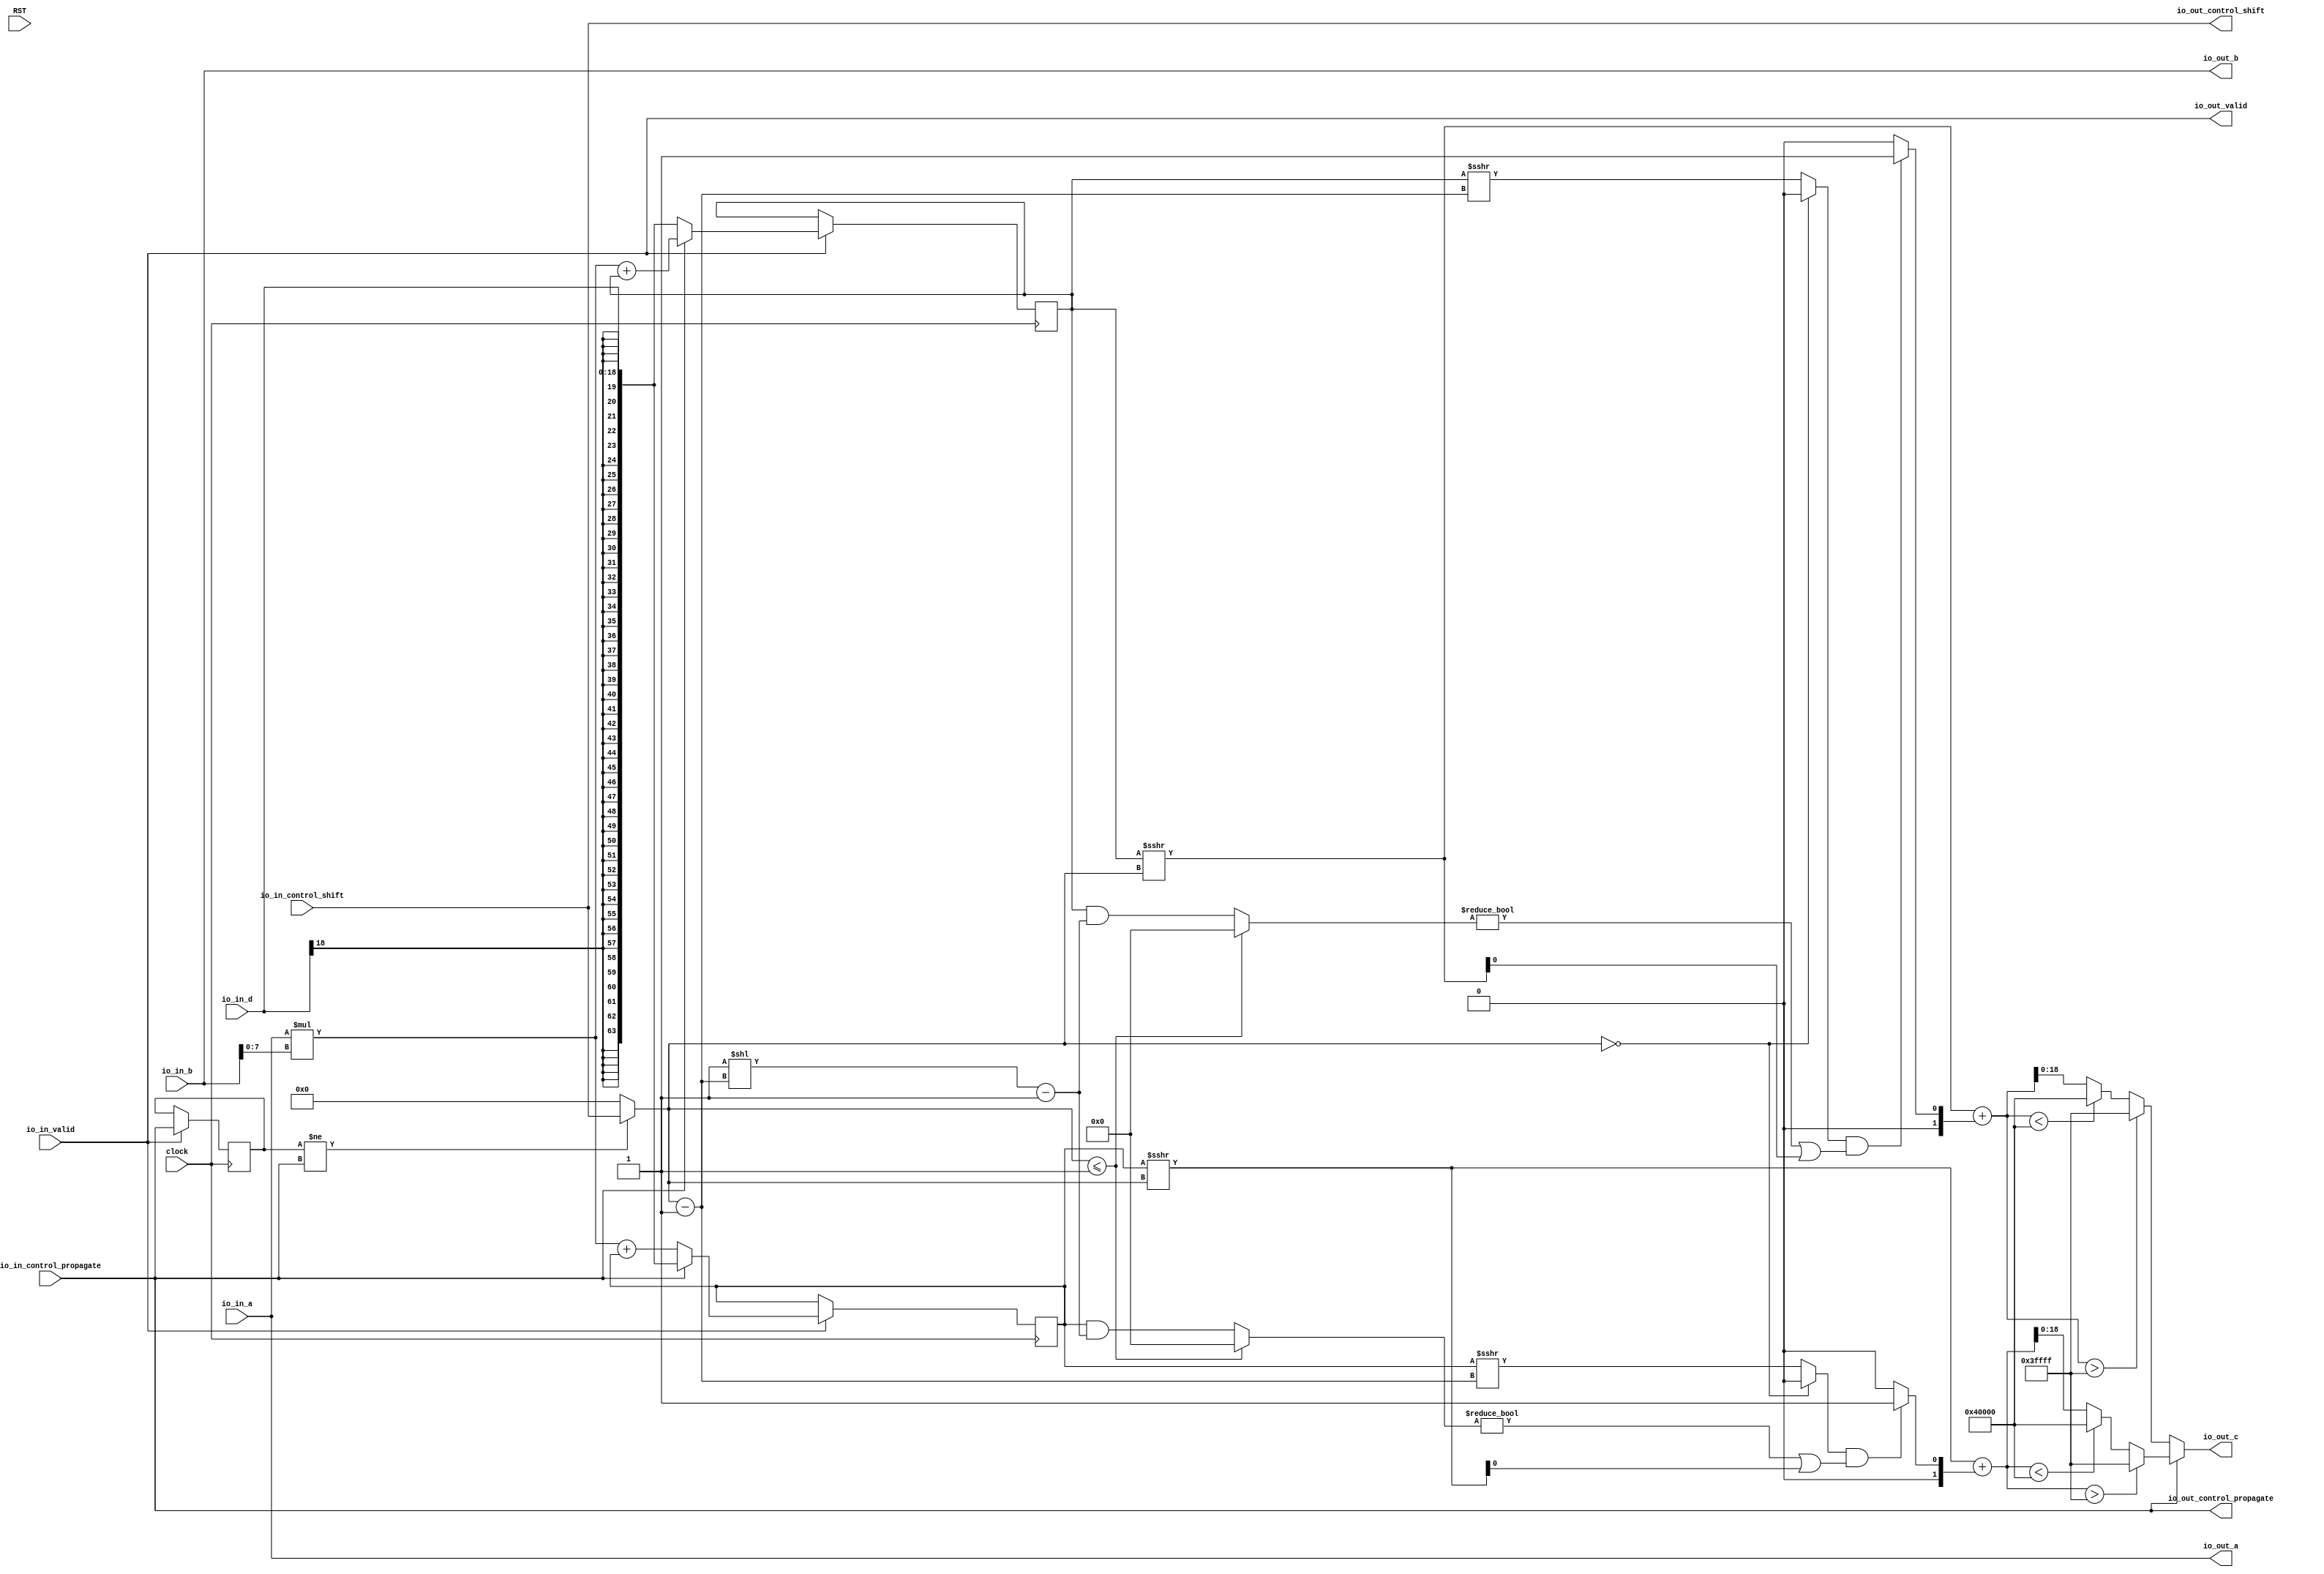
module PE_64( // @[:example.TestHarness.GemminiSocTest1RocketConfig864.fir@166234.2]
  input         clock, // @[:example.TestHarness.GemminiSocTest1RocketConfig864.fir@166235.4]
  input 		RST,
  input  [7:0]  io_in_a, // @[:example.TestHarness.GemminiSocTest1RocketConfig864.fir@166237.4]
  input  [18:0] io_in_b, // @[:example.TestHarness.GemminiSocTest1RocketConfig864.fir@166237.4]
  input  [18:0] io_in_d, // @[:example.TestHarness.GemminiSocTest1RocketConfig864.fir@166237.4]
  output [7:0]  io_out_a, // @[:example.TestHarness.GemminiSocTest1RocketConfig864.fir@166237.4]
  output [18:0] io_out_b, // @[:example.TestHarness.GemminiSocTest1RocketConfig864.fir@166237.4]
  output [18:0] io_out_c, // @[:example.TestHarness.GemminiSocTest1RocketConfig864.fir@166237.4]
  input         io_in_control_propagate, // @[:example.TestHarness.GemminiSocTest1RocketConfig864.fir@166237.4]
  input  [5:0]  io_in_control_shift, // @[:example.TestHarness.GemminiSocTest1RocketConfig864.fir@166237.4]
  output        io_out_control_propagate, // @[:example.TestHarness.GemminiSocTest1RocketConfig864.fir@166237.4]
  output [5:0]  io_out_control_shift, // @[:example.TestHarness.GemminiSocTest1RocketConfig864.fir@166237.4]
  input         io_in_valid, // @[:example.TestHarness.GemminiSocTest1RocketConfig864.fir@166237.4]
  output        io_out_valid // @[:example.TestHarness.GemminiSocTest1RocketConfig864.fir@166237.4]
);
  reg [63:0] c1; // @[PE.scala 44:15:example.TestHarness.GemminiSocTest1RocketConfig864.fir@166239.4]
  reg [63:0] _RAND_0;
  reg [63:0] c2; // @[PE.scala 45:15:example.TestHarness.GemminiSocTest1RocketConfig864.fir@166240.4]
  reg [63:0] _RAND_1;
  reg  last_s; // @[Reg.scala 15:16:example.TestHarness.GemminiSocTest1RocketConfig864.fir@166246.4]
  reg [31:0] _RAND_2;
  wire  flip; // @[PE.scala 58:21:example.TestHarness.GemminiSocTest1RocketConfig864.fir@166250.4]
  wire [5:0] shift_offset; // @[PE.scala 59:25:example.TestHarness.GemminiSocTest1RocketConfig864.fir@166251.4]
  wire  _T_4; // @[Arithmetic.scala 72:32:example.TestHarness.GemminiSocTest1RocketConfig864.fir@166258.8]
  wire [5:0] _T_6; // @[Arithmetic.scala 72:53:example.TestHarness.GemminiSocTest1RocketConfig864.fir@166260.8]
  wire [63:0] _T_7; // @[Arithmetic.scala 72:50:example.TestHarness.GemminiSocTest1RocketConfig864.fir@166261.8]
  wire  _T_8; // @[Arithmetic.scala 72:50:example.TestHarness.GemminiSocTest1RocketConfig864.fir@166262.8]
  wire  _T_9; // @[Arithmetic.scala 72:29:example.TestHarness.GemminiSocTest1RocketConfig864.fir@166263.8]
  wire  _T_10; // @[Arithmetic.scala 73:27:example.TestHarness.GemminiSocTest1RocketConfig864.fir@166264.8]
  wire [63:0] _T_11; // @[Arithmetic.scala 73:51:example.TestHarness.GemminiSocTest1RocketConfig864.fir@166265.8]
  wire [63:0] _T_14; // @[Arithmetic.scala 73:62:example.TestHarness.GemminiSocTest1RocketConfig864.fir@166268.8]
  wire [63:0] _T_16; // @[Arithmetic.scala 73:85:example.TestHarness.GemminiSocTest1RocketConfig864.fir@166270.8]
  wire [63:0] _T_17; // @[Arithmetic.scala 73:54:example.TestHarness.GemminiSocTest1RocketConfig864.fir@166271.8]
  wire [63:0] _T_18; // @[Arithmetic.scala 73:24:example.TestHarness.GemminiSocTest1RocketConfig864.fir@166272.8]
  wire  _T_19; // @[Arithmetic.scala 73:93:example.TestHarness.GemminiSocTest1RocketConfig864.fir@166273.8]
  wire [63:0] _T_20; // @[Arithmetic.scala 74:30:example.TestHarness.GemminiSocTest1RocketConfig864.fir@166274.8]
  wire  _T_21; // @[Arithmetic.scala 74:30:example.TestHarness.GemminiSocTest1RocketConfig864.fir@166275.8]
  wire  _T_22; // @[Arithmetic.scala 76:38:example.TestHarness.GemminiSocTest1RocketConfig864.fir@166276.8]
  wire  _T_23; // @[Arithmetic.scala 76:29:example.TestHarness.GemminiSocTest1RocketConfig864.fir@166277.8]
  wire [1:0] _T_26; // @[Arithmetic.scala 78:35:example.TestHarness.GemminiSocTest1RocketConfig864.fir@166280.8]
  wire [63:0] _GEN_19; // @[Arithmetic.scala 78:30:example.TestHarness.GemminiSocTest1RocketConfig864.fir@166281.8]
  wire [63:0] _T_28; // @[Arithmetic.scala 78:30:example.TestHarness.GemminiSocTest1RocketConfig864.fir@166282.8]
  wire [63:0] _T_29; // @[Arithmetic.scala 78:30:example.TestHarness.GemminiSocTest1RocketConfig864.fir@166283.8]
  wire  _T_30; // @[Arithmetic.scala 86:33:example.TestHarness.GemminiSocTest1RocketConfig864.fir@166284.8]
  wire  _T_31; // @[Arithmetic.scala 86:60:example.TestHarness.GemminiSocTest1RocketConfig864.fir@166285.8]
  wire [63:0] _T_32; // @[Mux.scala 87:16:example.TestHarness.GemminiSocTest1RocketConfig864.fir@166286.8]
  wire [63:0] _T_33; // @[Mux.scala 87:16:example.TestHarness.GemminiSocTest1RocketConfig864.fir@166287.8]
  wire [18:0] _T_34; // @[Arithmetic.scala 86:81:example.TestHarness.GemminiSocTest1RocketConfig864.fir@166288.8]
  wire [18:0] _T_35; // @[Arithmetic.scala 86:105:example.TestHarness.GemminiSocTest1RocketConfig864.fir@166289.8]
  wire [7:0] _T_36; // @[Arithmetic.scala 81:47:example.TestHarness.GemminiSocTest1RocketConfig864.fir@166292.8]
  wire [7:0] _T_37; // @[Arithmetic.scala 81:71:example.TestHarness.GemminiSocTest1RocketConfig864.fir@166293.8]
  wire [15:0] _T_38; // @[Arithmetic.scala 65:49:example.TestHarness.GemminiSocTest1RocketConfig864.fir@166294.8]
  wire [63:0] _GEN_20; // @[Arithmetic.scala 65:54:example.TestHarness.GemminiSocTest1RocketConfig864.fir@166295.8]
  wire [63:0] _T_40; // @[Arithmetic.scala 65:54:example.TestHarness.GemminiSocTest1RocketConfig864.fir@166296.8]
  wire [63:0] _T_41; // @[Arithmetic.scala 65:54:example.TestHarness.GemminiSocTest1RocketConfig864.fir@166297.8]
  wire [63:0] _T_45; // @[Arithmetic.scala 72:50:example.TestHarness.GemminiSocTest1RocketConfig864.fir@166305.8]
  wire  _T_46; // @[Arithmetic.scala 72:50:example.TestHarness.GemminiSocTest1RocketConfig864.fir@166306.8]
  wire  _T_47; // @[Arithmetic.scala 72:29:example.TestHarness.GemminiSocTest1RocketConfig864.fir@166307.8]
  wire [63:0] _T_49; // @[Arithmetic.scala 73:51:example.TestHarness.GemminiSocTest1RocketConfig864.fir@166309.8]
  wire [63:0] _T_55; // @[Arithmetic.scala 73:54:example.TestHarness.GemminiSocTest1RocketConfig864.fir@166315.8]
  wire [63:0] _T_56; // @[Arithmetic.scala 73:24:example.TestHarness.GemminiSocTest1RocketConfig864.fir@166316.8]
  wire  _T_57; // @[Arithmetic.scala 73:93:example.TestHarness.GemminiSocTest1RocketConfig864.fir@166317.8]
  wire [63:0] _T_58; // @[Arithmetic.scala 74:30:example.TestHarness.GemminiSocTest1RocketConfig864.fir@166318.8]
  wire  _T_59; // @[Arithmetic.scala 74:30:example.TestHarness.GemminiSocTest1RocketConfig864.fir@166319.8]
  wire  _T_60; // @[Arithmetic.scala 76:38:example.TestHarness.GemminiSocTest1RocketConfig864.fir@166320.8]
  wire  _T_61; // @[Arithmetic.scala 76:29:example.TestHarness.GemminiSocTest1RocketConfig864.fir@166321.8]
  wire [1:0] _T_64; // @[Arithmetic.scala 78:35:example.TestHarness.GemminiSocTest1RocketConfig864.fir@166324.8]
  wire [63:0] _GEN_21; // @[Arithmetic.scala 78:30:example.TestHarness.GemminiSocTest1RocketConfig864.fir@166325.8]
  wire [63:0] _T_66; // @[Arithmetic.scala 78:30:example.TestHarness.GemminiSocTest1RocketConfig864.fir@166326.8]
  wire [63:0] _T_67; // @[Arithmetic.scala 78:30:example.TestHarness.GemminiSocTest1RocketConfig864.fir@166327.8]
  wire  _T_68; // @[Arithmetic.scala 86:33:example.TestHarness.GemminiSocTest1RocketConfig864.fir@166328.8]
  wire  _T_69; // @[Arithmetic.scala 86:60:example.TestHarness.GemminiSocTest1RocketConfig864.fir@166329.8]
  wire [63:0] _T_70; // @[Mux.scala 87:16:example.TestHarness.GemminiSocTest1RocketConfig864.fir@166330.8]
  wire [63:0] _T_71; // @[Mux.scala 87:16:example.TestHarness.GemminiSocTest1RocketConfig864.fir@166331.8]
  wire [18:0] _T_72; // @[Arithmetic.scala 86:81:example.TestHarness.GemminiSocTest1RocketConfig864.fir@166332.8]
  wire [18:0] _T_73; // @[Arithmetic.scala 86:105:example.TestHarness.GemminiSocTest1RocketConfig864.fir@166333.8]
  wire [63:0] _T_78; // @[Arithmetic.scala 65:54:example.TestHarness.GemminiSocTest1RocketConfig864.fir@166340.8]
  wire [63:0] _T_79; // @[Arithmetic.scala 65:54:example.TestHarness.GemminiSocTest1RocketConfig864.fir@166341.8]
  wire [18:0] _GEN_1; // @[PE.scala 70:30:example.TestHarness.GemminiSocTest1RocketConfig864.fir@166257.6]
  wire [63:0] _GEN_13; // @[PE.scala 69:95:example.TestHarness.GemminiSocTest1RocketConfig864.fir@166255.4]
  wire  _T_99; // @[PE.scala 97:9:example.TestHarness.GemminiSocTest1RocketConfig864.fir@166386.4]
  wire [18:0] _GEN_25; // @[PE.scala 71:16:example.TestHarness.GemminiSocTest1RocketConfig864.fir@166290.8 PE.scala 76:16:example.TestHarness.GemminiSocTest1RocketConfig864.fir@166334.8 PE.scala 83:16:example.TestHarness.GemminiSocTest1RocketConfig864.fir@166353.10 PE.scala 87:16:example.TestHarness.GemminiSocTest1RocketConfig864.fir@166364.10]
  assign flip = last_s != io_in_control_propagate; // @[PE.scala 58:21:example.TestHarness.GemminiSocTest1RocketConfig864.fir@166250.4]
  assign shift_offset = flip ? io_in_control_shift : 6'h0; // @[PE.scala 59:25:example.TestHarness.GemminiSocTest1RocketConfig864.fir@166251.4]
  assign _T_4 = shift_offset == 6'h0; // @[Arithmetic.scala 72:32:example.TestHarness.GemminiSocTest1RocketConfig864.fir@166258.8]
  assign _T_6 = shift_offset - 6'h1; // @[Arithmetic.scala 72:53:example.TestHarness.GemminiSocTest1RocketConfig864.fir@166260.8]
  assign _T_7 = $signed(c1) >>> _T_6; // @[Arithmetic.scala 72:50:example.TestHarness.GemminiSocTest1RocketConfig864.fir@166261.8]
  assign _T_8 = _T_7[0]; // @[Arithmetic.scala 72:50:example.TestHarness.GemminiSocTest1RocketConfig864.fir@166262.8]
  assign _T_9 = _T_4 ? 1'h0 : _T_8; // @[Arithmetic.scala 72:29:example.TestHarness.GemminiSocTest1RocketConfig864.fir@166263.8]
  assign _T_10 = shift_offset <= 6'h1; // @[Arithmetic.scala 73:27:example.TestHarness.GemminiSocTest1RocketConfig864.fir@166264.8]
  assign _T_11 = $unsigned(c1); // @[Arithmetic.scala 73:51:example.TestHarness.GemminiSocTest1RocketConfig864.fir@166265.8]
  assign _T_14 = 64'h1 << _T_6; // @[Arithmetic.scala 73:62:example.TestHarness.GemminiSocTest1RocketConfig864.fir@166268.8]
  assign _T_16 = _T_14 - 64'h1; // @[Arithmetic.scala 73:85:example.TestHarness.GemminiSocTest1RocketConfig864.fir@166270.8]
  assign _T_17 = _T_11 & _T_16; // @[Arithmetic.scala 73:54:example.TestHarness.GemminiSocTest1RocketConfig864.fir@166271.8]
  assign _T_18 = _T_10 ? 64'h0 : _T_17; // @[Arithmetic.scala 73:24:example.TestHarness.GemminiSocTest1RocketConfig864.fir@166272.8]
  assign _T_19 = _T_18 != 64'h0; // @[Arithmetic.scala 73:93:example.TestHarness.GemminiSocTest1RocketConfig864.fir@166273.8]
  assign _T_20 = $signed(c1) >>> shift_offset; // @[Arithmetic.scala 74:30:example.TestHarness.GemminiSocTest1RocketConfig864.fir@166274.8]
  assign _T_21 = _T_20[0]; // @[Arithmetic.scala 74:30:example.TestHarness.GemminiSocTest1RocketConfig864.fir@166275.8]
  assign _T_22 = _T_19 | _T_21; // @[Arithmetic.scala 76:38:example.TestHarness.GemminiSocTest1RocketConfig864.fir@166276.8]
  assign _T_23 = _T_9 & _T_22; // @[Arithmetic.scala 76:29:example.TestHarness.GemminiSocTest1RocketConfig864.fir@166277.8]
  assign _T_26 = _T_23 ? $signed(2'sh1) : $signed(2'sh0); // @[Arithmetic.scala 78:35:example.TestHarness.GemminiSocTest1RocketConfig864.fir@166280.8]
  assign _GEN_19 = {{62{_T_26[1]}},_T_26}; // @[Arithmetic.scala 78:30:example.TestHarness.GemminiSocTest1RocketConfig864.fir@166281.8]
  assign _T_28 = $signed(_T_20) + $signed(_GEN_19); // @[Arithmetic.scala 78:30:example.TestHarness.GemminiSocTest1RocketConfig864.fir@166282.8]
  assign _T_29 = $signed(_T_28); // @[Arithmetic.scala 78:30:example.TestHarness.GemminiSocTest1RocketConfig864.fir@166283.8]
  assign _T_30 = $signed(_T_29) > $signed(64'sh3ffff); // @[Arithmetic.scala 86:33:example.TestHarness.GemminiSocTest1RocketConfig864.fir@166284.8]
  assign _T_31 = $signed(_T_29) < $signed(-64'sh40000); // @[Arithmetic.scala 86:60:example.TestHarness.GemminiSocTest1RocketConfig864.fir@166285.8]
  assign _T_32 = _T_31 ? $signed(-64'sh40000) : $signed(_T_29); // @[Mux.scala 87:16:example.TestHarness.GemminiSocTest1RocketConfig864.fir@166286.8]
  assign _T_33 = _T_30 ? $signed(64'sh3ffff) : $signed(_T_32); // @[Mux.scala 87:16:example.TestHarness.GemminiSocTest1RocketConfig864.fir@166287.8]
  assign _T_34 = _T_33[18:0]; // @[Arithmetic.scala 86:81:example.TestHarness.GemminiSocTest1RocketConfig864.fir@166288.8]
  assign _T_35 = $signed(_T_34); // @[Arithmetic.scala 86:105:example.TestHarness.GemminiSocTest1RocketConfig864.fir@166289.8]
  assign _T_36 = io_in_b[7:0]; // @[Arithmetic.scala 81:47:example.TestHarness.GemminiSocTest1RocketConfig864.fir@166292.8]
  assign _T_37 = $signed(_T_36); // @[Arithmetic.scala 81:71:example.TestHarness.GemminiSocTest1RocketConfig864.fir@166293.8]
  assign _T_38 = $signed(io_in_a) * $signed(_T_37); // @[Arithmetic.scala 65:49:example.TestHarness.GemminiSocTest1RocketConfig864.fir@166294.8]
  assign _GEN_20 = {{48{_T_38[15]}},_T_38}; // @[Arithmetic.scala 65:54:example.TestHarness.GemminiSocTest1RocketConfig864.fir@166295.8]
  assign _T_40 = $signed(_GEN_20) + $signed(c2); // @[Arithmetic.scala 65:54:example.TestHarness.GemminiSocTest1RocketConfig864.fir@166296.8]
  assign _T_41 = $signed(_T_40); // @[Arithmetic.scala 65:54:example.TestHarness.GemminiSocTest1RocketConfig864.fir@166297.8]
  assign _T_45 = $signed(c2) >>> _T_6; // @[Arithmetic.scala 72:50:example.TestHarness.GemminiSocTest1RocketConfig864.fir@166305.8]
  assign _T_46 = _T_45[0]; // @[Arithmetic.scala 72:50:example.TestHarness.GemminiSocTest1RocketConfig864.fir@166306.8]
  assign _T_47 = _T_4 ? 1'h0 : _T_46; // @[Arithmetic.scala 72:29:example.TestHarness.GemminiSocTest1RocketConfig864.fir@166307.8]
  assign _T_49 = $unsigned(c2); // @[Arithmetic.scala 73:51:example.TestHarness.GemminiSocTest1RocketConfig864.fir@166309.8]
  assign _T_55 = _T_49 & _T_16; // @[Arithmetic.scala 73:54:example.TestHarness.GemminiSocTest1RocketConfig864.fir@166315.8]
  assign _T_56 = _T_10 ? 64'h0 : _T_55; // @[Arithmetic.scala 73:24:example.TestHarness.GemminiSocTest1RocketConfig864.fir@166316.8]
  assign _T_57 = _T_56 != 64'h0; // @[Arithmetic.scala 73:93:example.TestHarness.GemminiSocTest1RocketConfig864.fir@166317.8]
  assign _T_58 = $signed(c2) >>> shift_offset; // @[Arithmetic.scala 74:30:example.TestHarness.GemminiSocTest1RocketConfig864.fir@166318.8]
  assign _T_59 = _T_58[0]; // @[Arithmetic.scala 74:30:example.TestHarness.GemminiSocTest1RocketConfig864.fir@166319.8]
  assign _T_60 = _T_57 | _T_59; // @[Arithmetic.scala 76:38:example.TestHarness.GemminiSocTest1RocketConfig864.fir@166320.8]
  assign _T_61 = _T_47 & _T_60; // @[Arithmetic.scala 76:29:example.TestHarness.GemminiSocTest1RocketConfig864.fir@166321.8]
  assign _T_64 = _T_61 ? $signed(2'sh1) : $signed(2'sh0); // @[Arithmetic.scala 78:35:example.TestHarness.GemminiSocTest1RocketConfig864.fir@166324.8]
  assign _GEN_21 = {{62{_T_64[1]}},_T_64}; // @[Arithmetic.scala 78:30:example.TestHarness.GemminiSocTest1RocketConfig864.fir@166325.8]
  assign _T_66 = $signed(_T_58) + $signed(_GEN_21); // @[Arithmetic.scala 78:30:example.TestHarness.GemminiSocTest1RocketConfig864.fir@166326.8]
  assign _T_67 = $signed(_T_66); // @[Arithmetic.scala 78:30:example.TestHarness.GemminiSocTest1RocketConfig864.fir@166327.8]
  assign _T_68 = $signed(_T_67) > $signed(64'sh3ffff); // @[Arithmetic.scala 86:33:example.TestHarness.GemminiSocTest1RocketConfig864.fir@166328.8]
  assign _T_69 = $signed(_T_67) < $signed(-64'sh40000); // @[Arithmetic.scala 86:60:example.TestHarness.GemminiSocTest1RocketConfig864.fir@166329.8]
  assign _T_70 = _T_69 ? $signed(-64'sh40000) : $signed(_T_67); // @[Mux.scala 87:16:example.TestHarness.GemminiSocTest1RocketConfig864.fir@166330.8]
  assign _T_71 = _T_68 ? $signed(64'sh3ffff) : $signed(_T_70); // @[Mux.scala 87:16:example.TestHarness.GemminiSocTest1RocketConfig864.fir@166331.8]
  assign _T_72 = _T_71[18:0]; // @[Arithmetic.scala 86:81:example.TestHarness.GemminiSocTest1RocketConfig864.fir@166332.8]
  assign _T_73 = $signed(_T_72); // @[Arithmetic.scala 86:105:example.TestHarness.GemminiSocTest1RocketConfig864.fir@166333.8]
  assign _T_78 = $signed(_GEN_20) + $signed(c1); // @[Arithmetic.scala 65:54:example.TestHarness.GemminiSocTest1RocketConfig864.fir@166340.8]
  assign _T_79 = $signed(_T_78); // @[Arithmetic.scala 65:54:example.TestHarness.GemminiSocTest1RocketConfig864.fir@166341.8]
  assign _GEN_1 = io_in_control_propagate ? $signed(_T_35) : $signed(_T_73); // @[PE.scala 70:30:example.TestHarness.GemminiSocTest1RocketConfig864.fir@166257.6]
  assign _GEN_13 = {{45{_GEN_1[18]}},_GEN_1}; // @[PE.scala 69:95:example.TestHarness.GemminiSocTest1RocketConfig864.fir@166255.4]
  assign _T_99 = io_in_valid == 1'h0; // @[PE.scala 97:9:example.TestHarness.GemminiSocTest1RocketConfig864.fir@166386.4]
  assign io_out_a = io_in_a; // @[PE.scala 51:12:example.TestHarness.GemminiSocTest1RocketConfig864.fir@166241.4]
  assign io_out_b = io_in_b; // @[PE.scala 72:16:example.TestHarness.GemminiSocTest1RocketConfig864.fir@166291.8 PE.scala 77:16:example.TestHarness.GemminiSocTest1RocketConfig864.fir@166335.8 PE.scala 84:16:example.TestHarness.GemminiSocTest1RocketConfig864.fir@166360.10 PE.scala 88:16:example.TestHarness.GemminiSocTest1RocketConfig864.fir@166371.10]
  assign _GEN_25 = _GEN_13[18:0]; // @[PE.scala 71:16:example.TestHarness.GemminiSocTest1RocketConfig864.fir@166290.8 PE.scala 76:16:example.TestHarness.GemminiSocTest1RocketConfig864.fir@166334.8 PE.scala 83:16:example.TestHarness.GemminiSocTest1RocketConfig864.fir@166353.10 PE.scala 87:16:example.TestHarness.GemminiSocTest1RocketConfig864.fir@166364.10]
  assign io_out_c = $signed(_GEN_25); // @[PE.scala 71:16:example.TestHarness.GemminiSocTest1RocketConfig864.fir@166290.8 PE.scala 76:16:example.TestHarness.GemminiSocTest1RocketConfig864.fir@166334.8 PE.scala 83:16:example.TestHarness.GemminiSocTest1RocketConfig864.fir@166353.10 PE.scala 87:16:example.TestHarness.GemminiSocTest1RocketConfig864.fir@166364.10]
  assign io_out_control_propagate = io_in_control_propagate; // @[PE.scala 53:28:example.TestHarness.GemminiSocTest1RocketConfig864.fir@166243.4]
  assign io_out_control_shift = io_in_control_shift; // @[PE.scala 54:24:example.TestHarness.GemminiSocTest1RocketConfig864.fir@166244.4]
  assign io_out_valid = io_in_valid; // @[PE.scala 55:16:example.TestHarness.GemminiSocTest1RocketConfig864.fir@166245.4]
`ifdef RANDOMIZE_GARBAGE_ASSIGN
`define RANDOMIZE
`endif
`ifdef RANDOMIZE_INVALID_ASSIGN
`define RANDOMIZE
`endif
`ifdef RANDOMIZE_REG_INIT
`define RANDOMIZE
`endif
`ifdef RANDOMIZE_MEM_INIT
`define RANDOMIZE
`endif
`ifndef RANDOM
`define RANDOM $random
`endif
`ifdef RANDOMIZE_MEM_INIT
  integer initvar;
`endif
initial begin
  `ifdef RANDOMIZE
    `ifdef INIT_RANDOM
      `INIT_RANDOM
    `endif
    `ifndef VERILATOR
      `ifdef RANDOMIZE_DELAY
        #`RANDOMIZE_DELAY begin end
      `else
        #0.002 begin end
      `endif
    `endif
  `ifdef RANDOMIZE_REG_INIT
  _RAND_0 = {2{`RANDOM}};
  c1 = _RAND_0[63:0];
  `endif // RANDOMIZE_REG_INIT
  `ifdef RANDOMIZE_REG_INIT
  _RAND_1 = {2{`RANDOM}};
  c2 = _RAND_1[63:0];
  `endif // RANDOMIZE_REG_INIT
  `ifdef RANDOMIZE_REG_INIT
  _RAND_2 = {1{`RANDOM}};
  last_s = _RAND_2[0:0];
  `endif // RANDOMIZE_REG_INIT
  `endif // RANDOMIZE
end
  always @(posedge clock) begin
    if (!(_T_99)) begin
      if (io_in_control_propagate) begin
        c1 <= {{45{io_in_d[18]}},io_in_d};
      end else begin
        c1 <= _T_79;
      end
    end
    if (!(_T_99)) begin
      if (io_in_control_propagate) begin
        c2 <= _T_41;
      end else begin
        c2 <= {{45{io_in_d[18]}},io_in_d};
      end
    end
    if (io_in_valid) begin
      last_s <= io_in_control_propagate;
    end
  end
endmodule